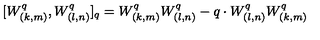
[ W _ { ( k , m ) } ^ { q } , W _ { ( l , n ) } ^ { q } ] _ { q } = W _ { ( k , m ) } ^ { q } W _ { ( l , n ) } ^ { q } - q \cdot W _ { ( l , n ) } ^ { q } W _ { ( k , m ) } ^ { q }